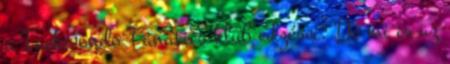
a Taekwondo Fanatics klub edzései. De mi is az